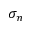
\sigma _ { n }